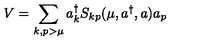
V = \sum _ { k , p > \mu } a _ { k } ^ { \dagger } S _ { k p } ( \mu , a ^ { \dagger } , a ) a _ { p }